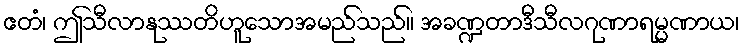
ဧတံ၊ ဤသီလာနုဿတိဟူသောအမည်သည်။ အခဏ္ဍတာဒီသီလဂုဏာရမ္မဏာယ၊